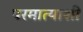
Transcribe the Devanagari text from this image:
परमात्याशी